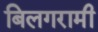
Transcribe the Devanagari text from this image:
बिलगरामी